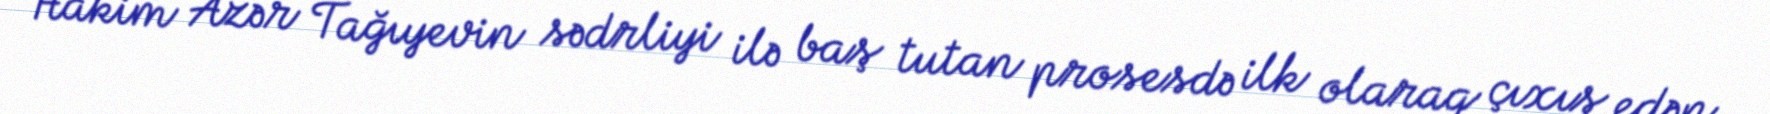
Hakim Azər Tağıyevin sədrliyi ilə baş tutan prosesdə ilk olaraq çıxış edən